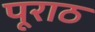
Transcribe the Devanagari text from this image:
पूराठ